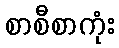
စာစီစာကုံး